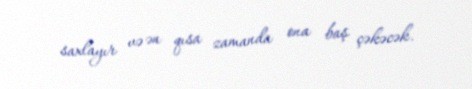
saxlayır və ən qısa zamanda ona baş çəkəcək.